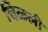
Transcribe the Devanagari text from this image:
चिळली